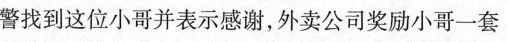
警找到这位小哥并表示感谢，外卖公司奖励小哥一套